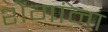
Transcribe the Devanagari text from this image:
शेंगांना